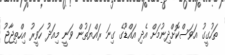
ތަހުގީގު އަވަސްކޮށްދިނުމަށް އެދި އައްޑޫގެ ގިނަ ރައްޔަތުން ވަނީ މިއަދު ހަވީރު އިހްތިޖާޖު